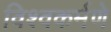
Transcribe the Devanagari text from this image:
विश्वकर्मणे